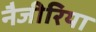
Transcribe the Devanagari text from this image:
नैजीरिया